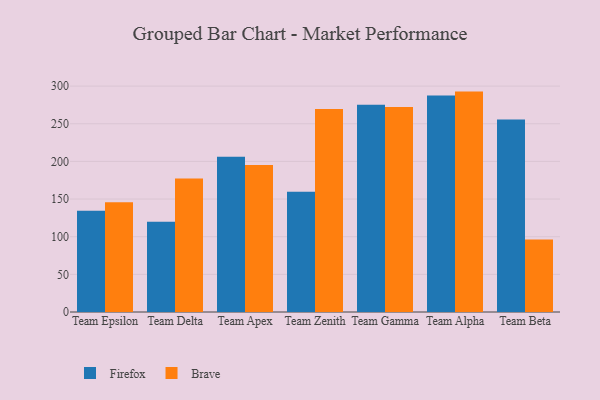
{"axis": {"x": "Team", "y": "Shipments"}, "legend": ["Brave", "Firefox"], "data": [{"x": "Team Epsilon", "y": 134.4, "type": "Firefox"}, {"x": "Team Epsilon", "y": 145.9, "type": "Brave"}, {"x": "Team Delta", "y": 120.0, "type": "Firefox"}, {"x": "Team Delta", "y": 177.3, "type": "Brave"}, {"x": "Team Apex", "y": 206.3, "type": "Firefox"}, {"x": "Team Apex", "y": 195.1, "type": "Brave"}, {"x": "Team Zenith", "y": 159.6, "type": "Firefox"}, {"x": "Team Zenith", "y": 269.5, "type": "Brave"}, {"x": "Team Gamma", "y": 275.4, "type": "Firefox"}, {"x": "Team Gamma", "y": 272.2, "type": "Brave"}, {"x": "Team Alpha", "y": 287.6, "type": "Firefox"}, {"x": "Team Alpha", "y": 292.7, "type": "Brave"}, {"x": "Team Beta", "y": 255.8, "type": "Firefox"}, {"x": "Team Beta", "y": 96.3, "type": "Brave"}]}